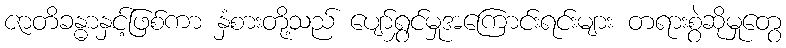
ဇာတိခန္ဓာနှင့်ဖြစ်ကာ နှံစားတို့သည် ပျော်ရွှင်မှုအကြောင်းရင်းများ တရားစွဲဆိုမှုတွေ